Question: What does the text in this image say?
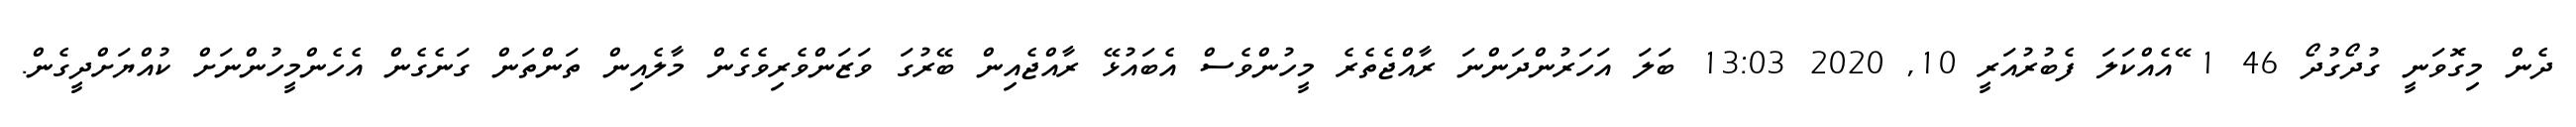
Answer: ދެން މިގޮވަނީ ގުދޯގުދޯ 46 1 ޭއެއްކަލަ ފެބުރުއަރީ 10, 2020 13:03 ބަލަ އަހަރުންދަންނަ ރާއްޖެތެރެ މީހުންވެސް އެބައުޅޭ ރާއްޖެއިން ބޭރުގަ ވަޒަންވެރިވެގެން މާލެއިން ތަންތަން ގަނެގެން އެހެންމީހުންނަށް ކުއްޔަށްދީގެން.